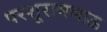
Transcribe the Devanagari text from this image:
परशूरामभाऊ